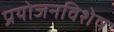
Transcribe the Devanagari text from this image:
प्रयोजनविशेष